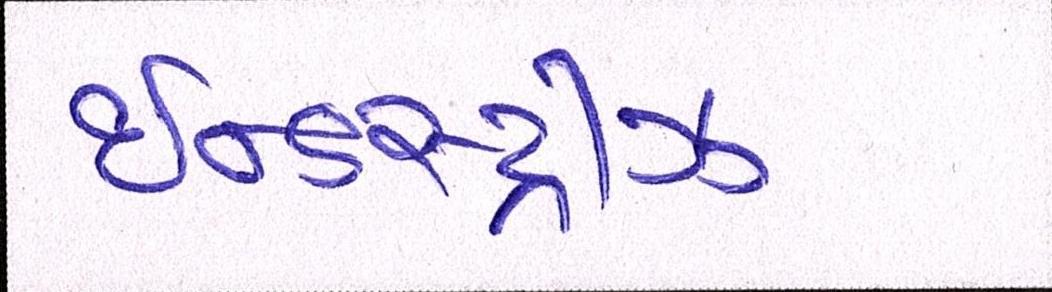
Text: ઈન્ડસ્ટ્રીઝ